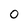
Character: 0